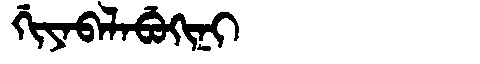
Manchu: ᡤᡳᠶᠠᠪᠠᠯᠠᠪᡠᡴᡳᠨᡳ
Romanization: GIYABALABUKINI